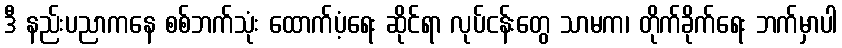
ဒီ နည်းပညာကနေ စစ်ဘက်သုံး ထောက်ပံ့ရေး ဆိုင်ရာ လုပ်ငန်းတွေ သာမက၊ တိုက်ခိုက်ရေး ဘက်မှာပါ